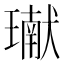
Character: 𤩽